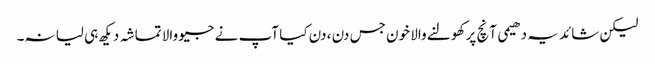
لیکن شائد یہ دھیمی آنچ پر کھولنے والا خون جس دن ، دن کیا آپ نے جیو والا تماشہ دیکھ ہی لیا نہ۔